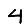
Digit: 4